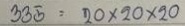
335 = 20x20x20